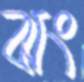
ঝং